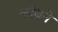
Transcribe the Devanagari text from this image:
कॉबने